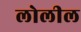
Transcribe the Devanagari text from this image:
लोलील